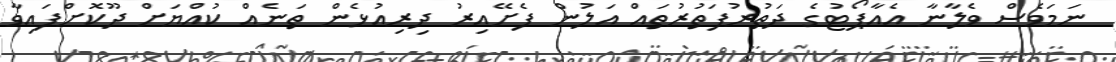
ނަމަވެސް ވެލާނާ އެއާޕޯޓުގެ ދަތުރުފަތުރުތައް އަލުން ފެށޭއިރު ދިރިއުޅެން ތަނެއް ކުއްޔަށް ދޫކޮށްފައިވާ